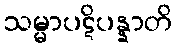
သမ္မာပဋိပန္နာတိ